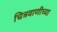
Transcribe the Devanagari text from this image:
चित्रवाणीच्या